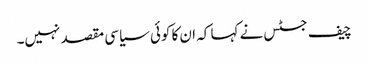
چیف جسٹس نے کہا کہ ان کا کوئی سیاسی مقصد نہیں۔